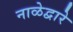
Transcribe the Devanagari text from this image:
नाळेद्वारे